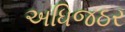
અધિજઠર